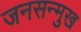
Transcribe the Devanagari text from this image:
जनसन्मुख